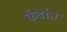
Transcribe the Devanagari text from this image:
कंदांत